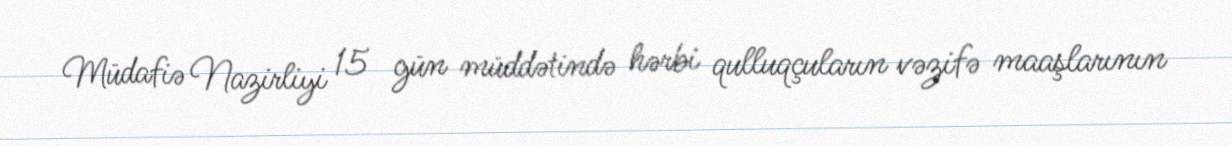
Müdafiə Nazirliyi 15 gün müddətində hərbi qulluqçuların vəzifə maaşlarının